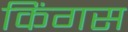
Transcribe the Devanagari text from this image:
किंगस